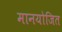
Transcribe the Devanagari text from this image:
मानयोजित